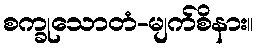
စက္ခုသောတံ-မျက်စိနား။